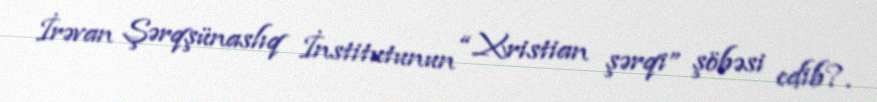
İrəvan Şərqşünaslıq İnstitutunun “Xristian şərqi” şöbəsi edib?.